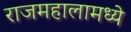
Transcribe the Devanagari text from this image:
राजमहालामध्ये